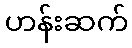
ဟန်းဆက်